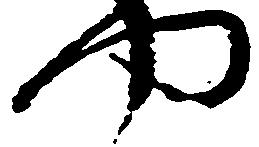
や